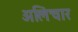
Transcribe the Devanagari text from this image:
अलिचार